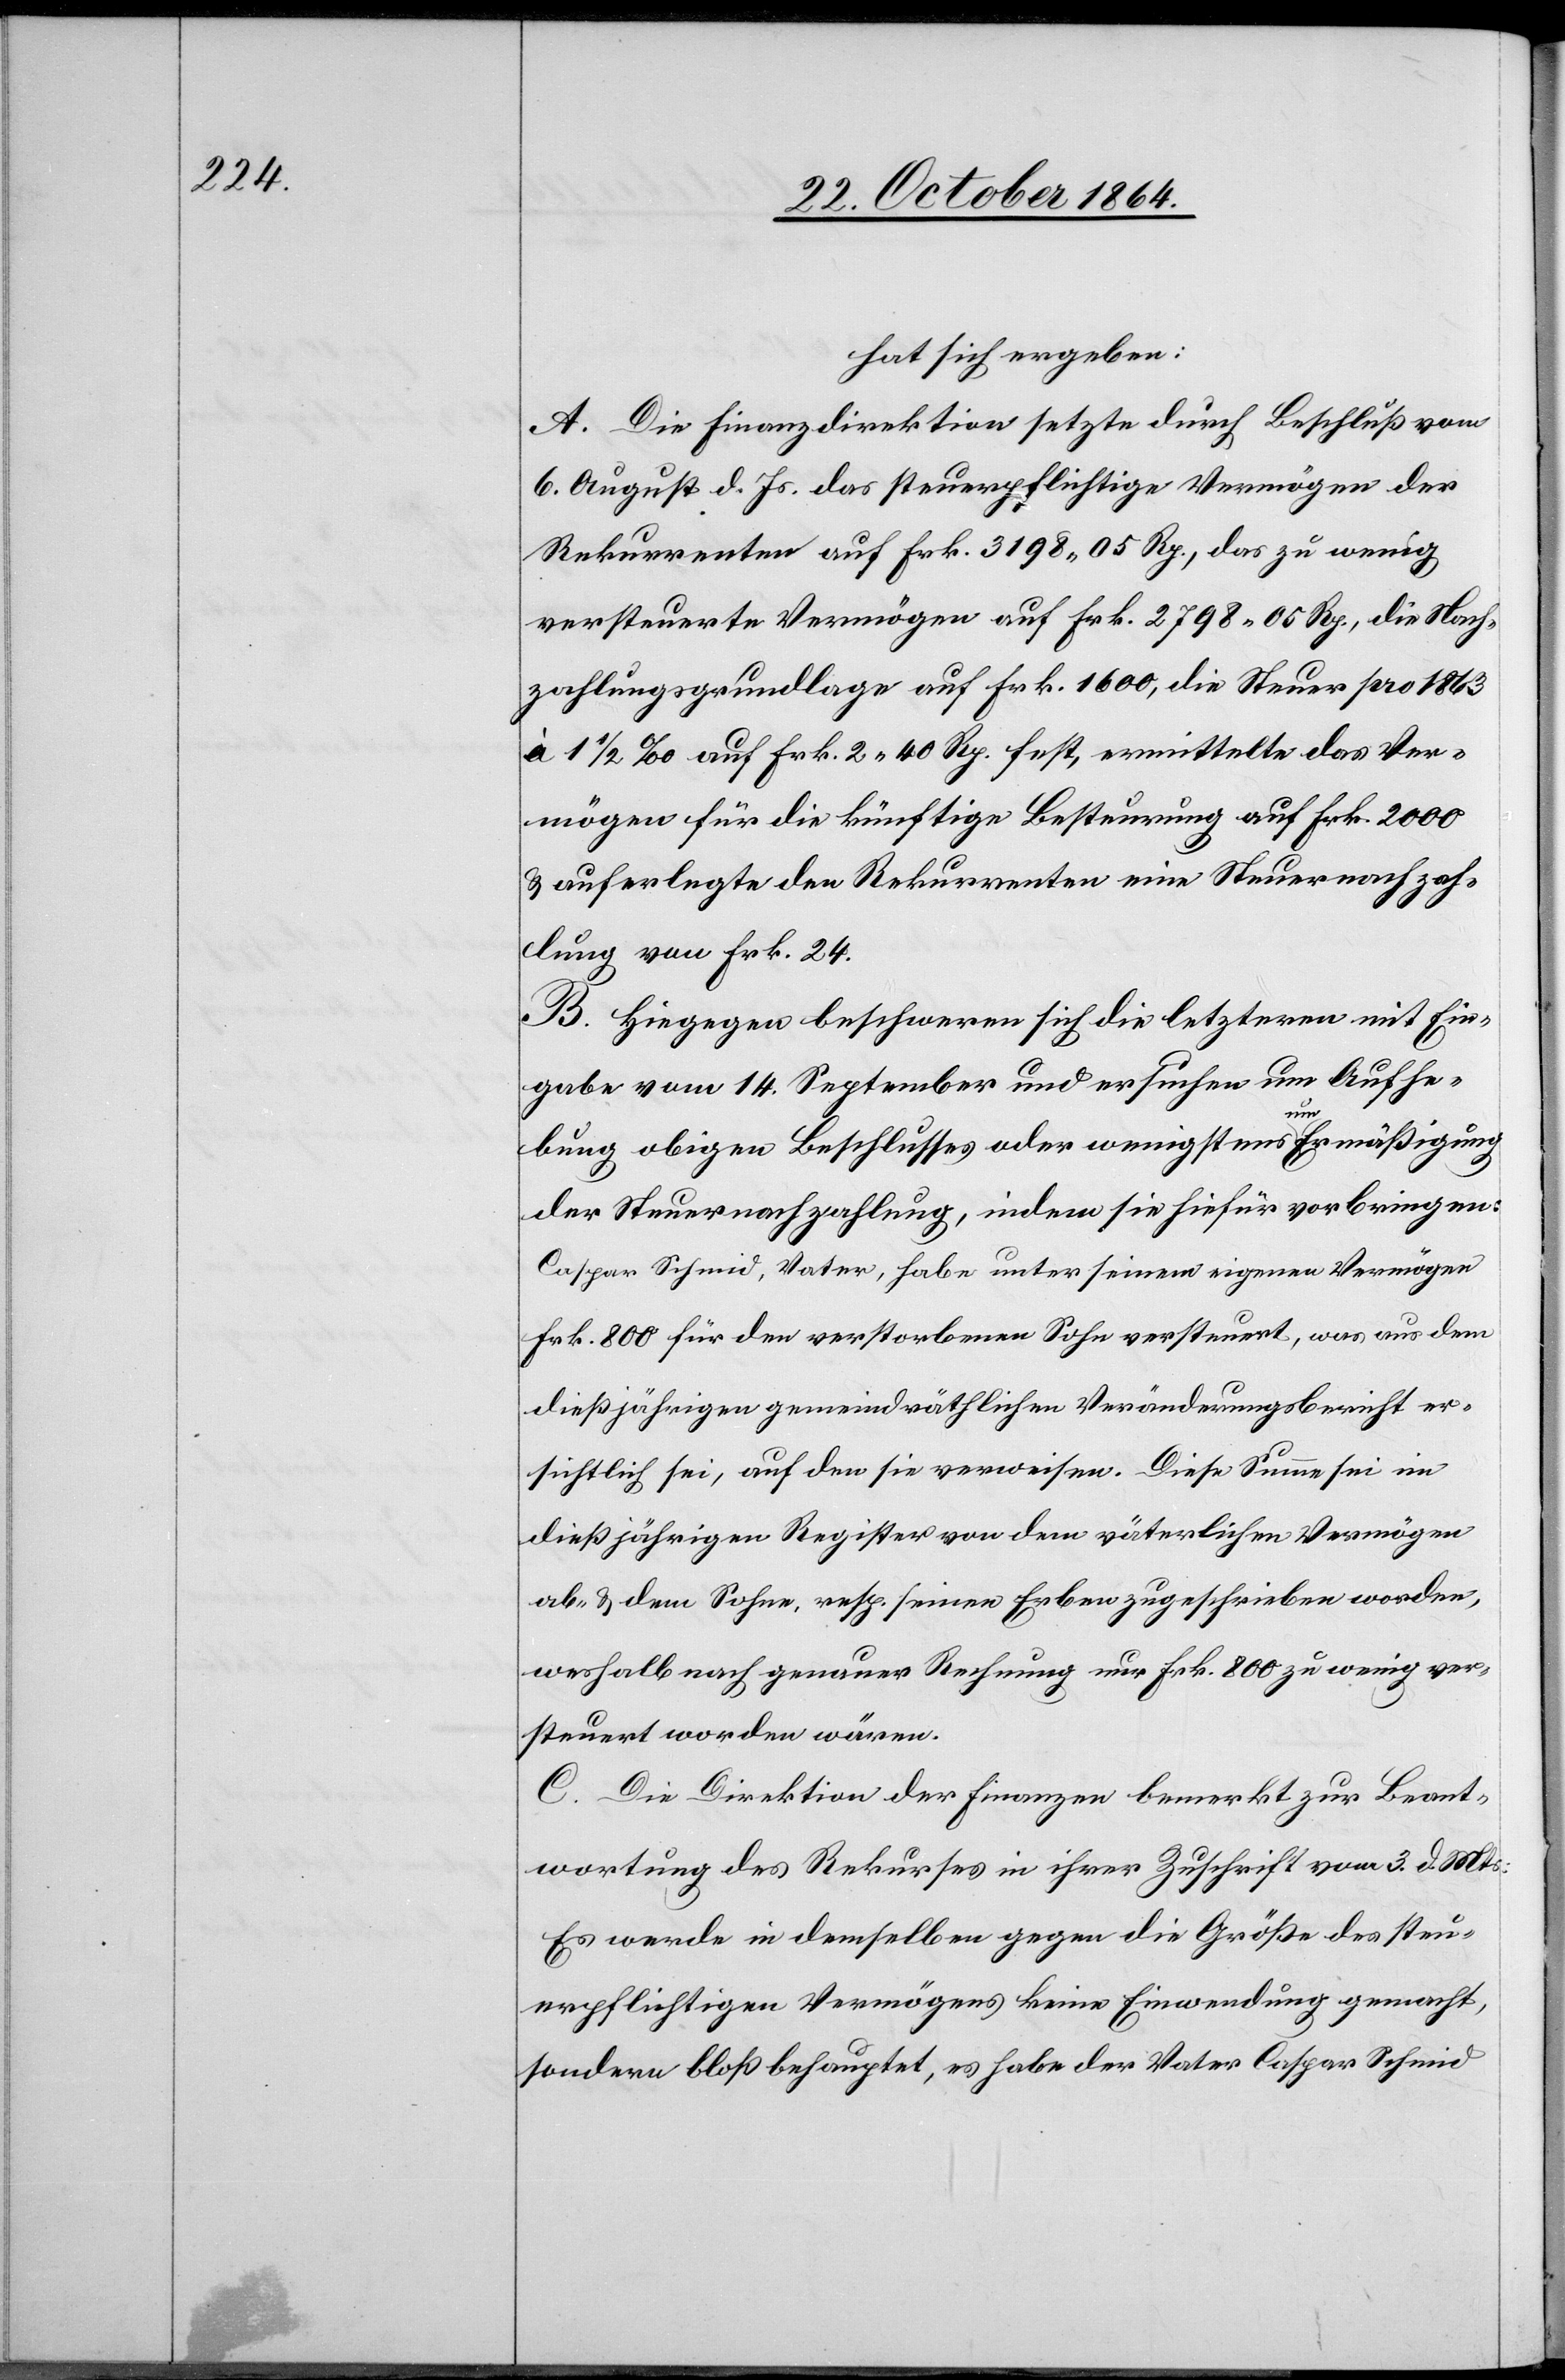
hat sich ergeben:
A. Die Finanzdirektion setzte durch Beschluß vom
6. August d. Js. das steuerpflichtige Vermögen der
Rekurrenten auf Frk. 3198.05 Rp., das zu wenig
versteuerte Vermögen auf Frk. 2798.05 Rp., die Nach¬
zahlungsgrundlage auf Frk. 1600, die Steuer pro 1863
à 1 1/2 ‰ auf Frk. 2.40 Rp. fest, ermittelte das Ver¬
mögen für die künftige Besteurung auf Frk. 2000
& auferlegte den Rekurrenten eine Steuernachzah¬
lung von Frk. 24.
B. Hiegegen beschweren sich die letzteren mit Ein¬
gabe vom 14. September und ersuchen um Aufhe¬
bung obigen Beschlusses oder wenigstens a-um-a Ermäßigung
der Steuernachzahlung, indem sie hiefür vorbringen:
Caspar Schmid, Vater, habe unter seinem eigenen Vermögen
Frk. 800 für den verstorbenen Sohn versteuert, was aus dem
dießjährigen gemeindräthlichen Veränderungsbericht er¬
sichtlich sei, auf den sie verweisen. Diese Summe sei im
dießjährigen Register von dem väterlichen Vermögen
ab- & dem Sohne, resp. seinen Erben zugeschrieben worden,
weshalb nach genauer Rechnung nur Frk. 800 zu wenig ver¬
steuert worden wären.
C. Die Direktion der Finanzen bemerkt zur Beant¬
wortung des Rekurses in ihrer Zuschrift vom 3. d. Mts.:
Es werde in demselben gegen die Größe des steu¬
erpflichtigen Vermögens keine Einwendung gemacht,
sondern bloß behauptet, es habe der Vater Caspar Schmid